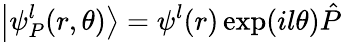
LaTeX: \left|\psi_{P}^{l}(r,\theta)\right\rangle=\psi^{l}(r)\exp(il\theta)\hat{P}